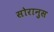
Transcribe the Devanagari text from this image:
सोरानुस